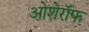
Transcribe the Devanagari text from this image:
ओशेरॉफ